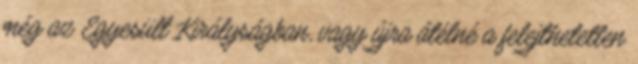
még az Egyesült Királyságban, vagy újra átélné a felejthetetlen